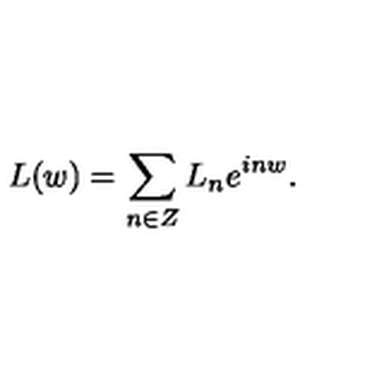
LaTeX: L ( w ) = \sum _ { n \in Z } L _ { n } e ^ { i n w } .